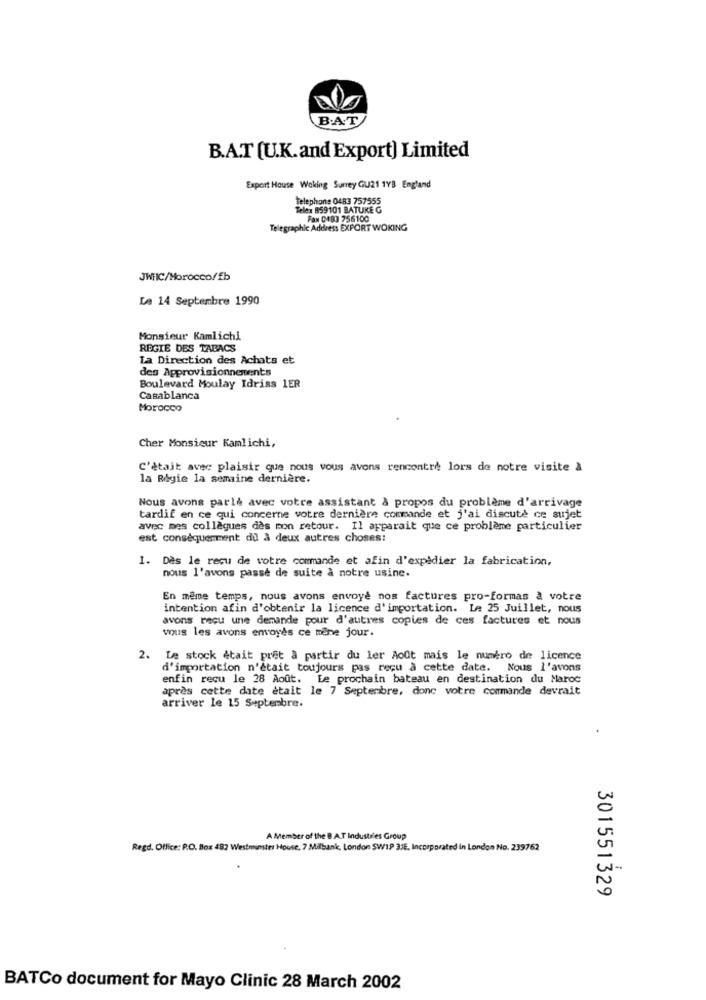
B.A.T
B.A.T [U.K.and Export) Limited
Export House Woking Surrey GU21 1YB England
telephone 0483 757555
Telex 859101 BATUKE G
Fax 0483 756100
Telegraphic Address EXPORT WOKING
JWHIC/Morocco/fb
Le 14 Septembre 1990
Monsieur Kamlichi
REGIE DES TABACS
La Direction des Achats et
des Approvisionnements
Boulevard Moulay Idriss 1ER
Casablanca
Morocco
Cher Monsieur Kamlichi,
C'ètait avec plaisir que nous vous avons rencontre lors de notre visite à
la Rigie la semaine dernière.
Nous avons parlé avec votre assistant à propos du problème d'arrivage
tardif en ce qui concerne votre dernière commande et j'ai discute ce sujet
avec mes collègues des mon retour. Il apparait que ce problème particulier
est conséquemment du à deux autres choses:
1. Dès le reçu de votre commande et afin d'expédier la fabrication,
nous l'avons passe de suite à notre usine.
En même temps, nous avons envoyé nos factures pro-formas à votre
intention afin d'obtenir la licence d'importation. Le 25 Juillet, nous
avons reçu une demande pour d'autres copies de ces factures et nous
vous les avons envoyés ce même jour.
.La stock était pret a partir du ler Août mais le numéro de licence
d'importation n'était toujours pas reçu à cette date. Nous l'avons
enfin recu le 28 Août. Le prochain bateau en destination du Maroc
après cette date était le 7 Septembre, donc votre commande devrait
arriver le 15 Septembre.
A Member of the B .A.T Industries Group
Regd. Office: R.O. Box 482 Westminster House, 7 Milbank, London SWIP 3JE, Incorporated in London No. 239762
301551329
BATCo document for Mayo Clinic 28 March 2002